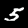
Label: 5